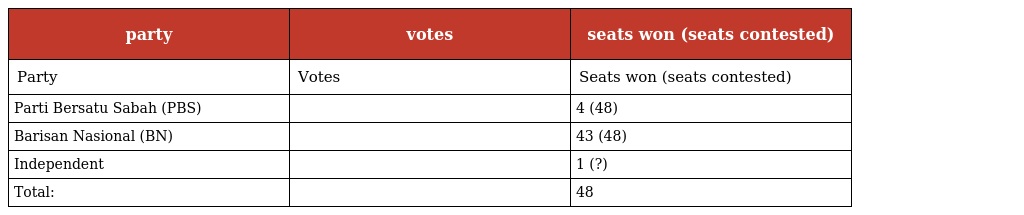
| party | votes | seats won (seats contested) |
 | --- | --- | --- |
 | Party | Votes | Seats won (seats contested) |
 | Parti Bersatu Sabah (PBS) |  | 4 (48) |
 | Barisan Nasional (BN) |  | 43 (48) |
 | Independent |  | 1 (?) |
 | Total: |  | 48 |